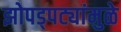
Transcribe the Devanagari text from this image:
झोपड्पट्यांमुळे